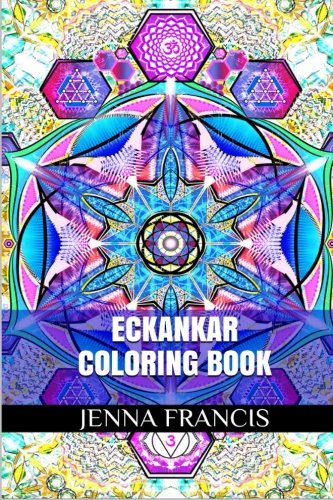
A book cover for Eckankar Coloring Books: Inner Guidance and Spiritualism Adult Coloring Book; Jenna Francis; Religion & Spirituality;